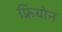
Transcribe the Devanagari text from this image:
फ़्रियोन